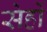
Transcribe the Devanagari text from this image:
सेहों